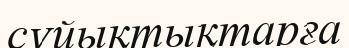
сұйықтықтарға